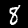
Label: 8